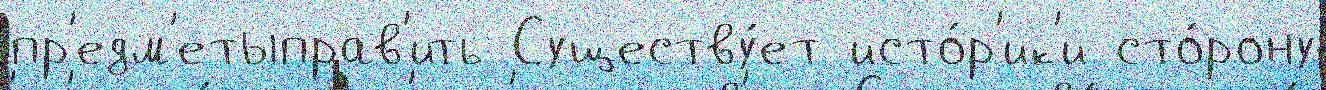
пр'едм'етыправ'ить Существу́ет исто́р'ик'и сто́рону